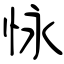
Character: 怺